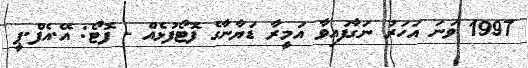
1997 ވަނަ އަހަރު ނަގާފައިވާ އަމީރާ ޑަޔާނާގެ ފޮޓޯފުޅެއް - ފޮޓޯ: އޭ.އެފް.ޕީ